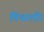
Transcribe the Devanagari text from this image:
मिथाली।